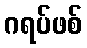
ဂရပ်ဖစ်